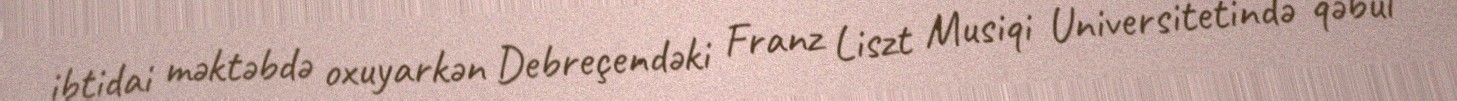
ibtidai məktəbdə oxuyarkən Debreçendəki Franz Liszt Musiqi Universitetində qəbul